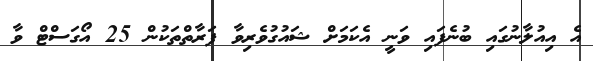
އެ އިއުލާނުގައި ބުނެފައި ވަނީ އެކަމަށް ޝައުގުވެރިވާ ފަރާތްތަކުން 25 އޯގަސްޓް ވާ